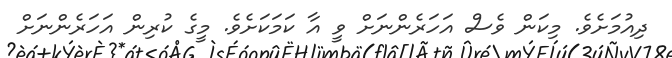
ދިއުމަށެވެ. މިކަން ވެސް އަހަރެންނަށް ވީ އާ ކަމަކަށެވެ. މީގެ ކުރިން އަަހަރެންނަށް